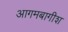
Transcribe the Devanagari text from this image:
आगमबागीश